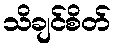
သိချင်စိတ်